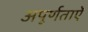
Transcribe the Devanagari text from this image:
अपूर्णताऐं